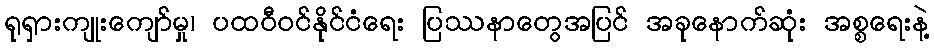
ရုရှားကျုးကျော်မှု၊ ပထဝီဝင်နိုင်ငံရေး ပြဿနာတွေအပြင် အခုနောက်ဆုံး အစ္စရေးနဲ့